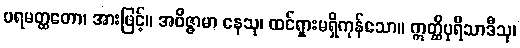
ပရမတ္ထတော၊ အားဖြင့်။ အဝိဇ္ဇာမာ နေသု၊ ထင်ရှားမရှိကုန်သော။ ဣတ္ထိပုရိသာဒီသု၊